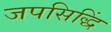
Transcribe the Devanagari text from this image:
जपसिद्धिं